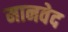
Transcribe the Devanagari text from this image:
मानवेद